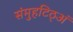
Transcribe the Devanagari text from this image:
संमुहटिठ्‌अं